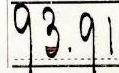
93.91